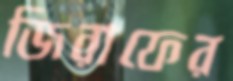
জিরাফের